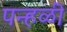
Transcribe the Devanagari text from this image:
पन्हळी